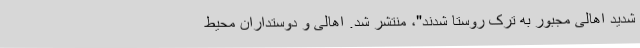
شدید اهالی مجبور به ترک روستا شدند"، منتشر شد. اهالی و دوستداران محیط